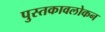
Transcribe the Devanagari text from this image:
पुस्तकावलोकन